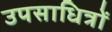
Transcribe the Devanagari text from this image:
उपसाधित्रों